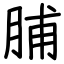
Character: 脯